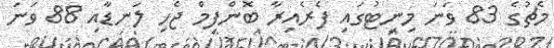
މެޗުގެ 83 ވަނަ މިނިޓުގައި ފެރެއިރާ ބޮންފިމް ޖެހި ލަނޑާއި 88 ވަނަ